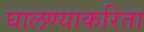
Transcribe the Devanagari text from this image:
घालण्याकरिता